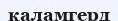
қаламгерд